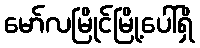
မော်လမြိုင်မြို့ပေါ်ရှိ